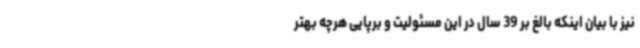
نیز با بیان اینکه بالغ بر 39 سال در این مسئولیت و برپایی هرچه بهتر